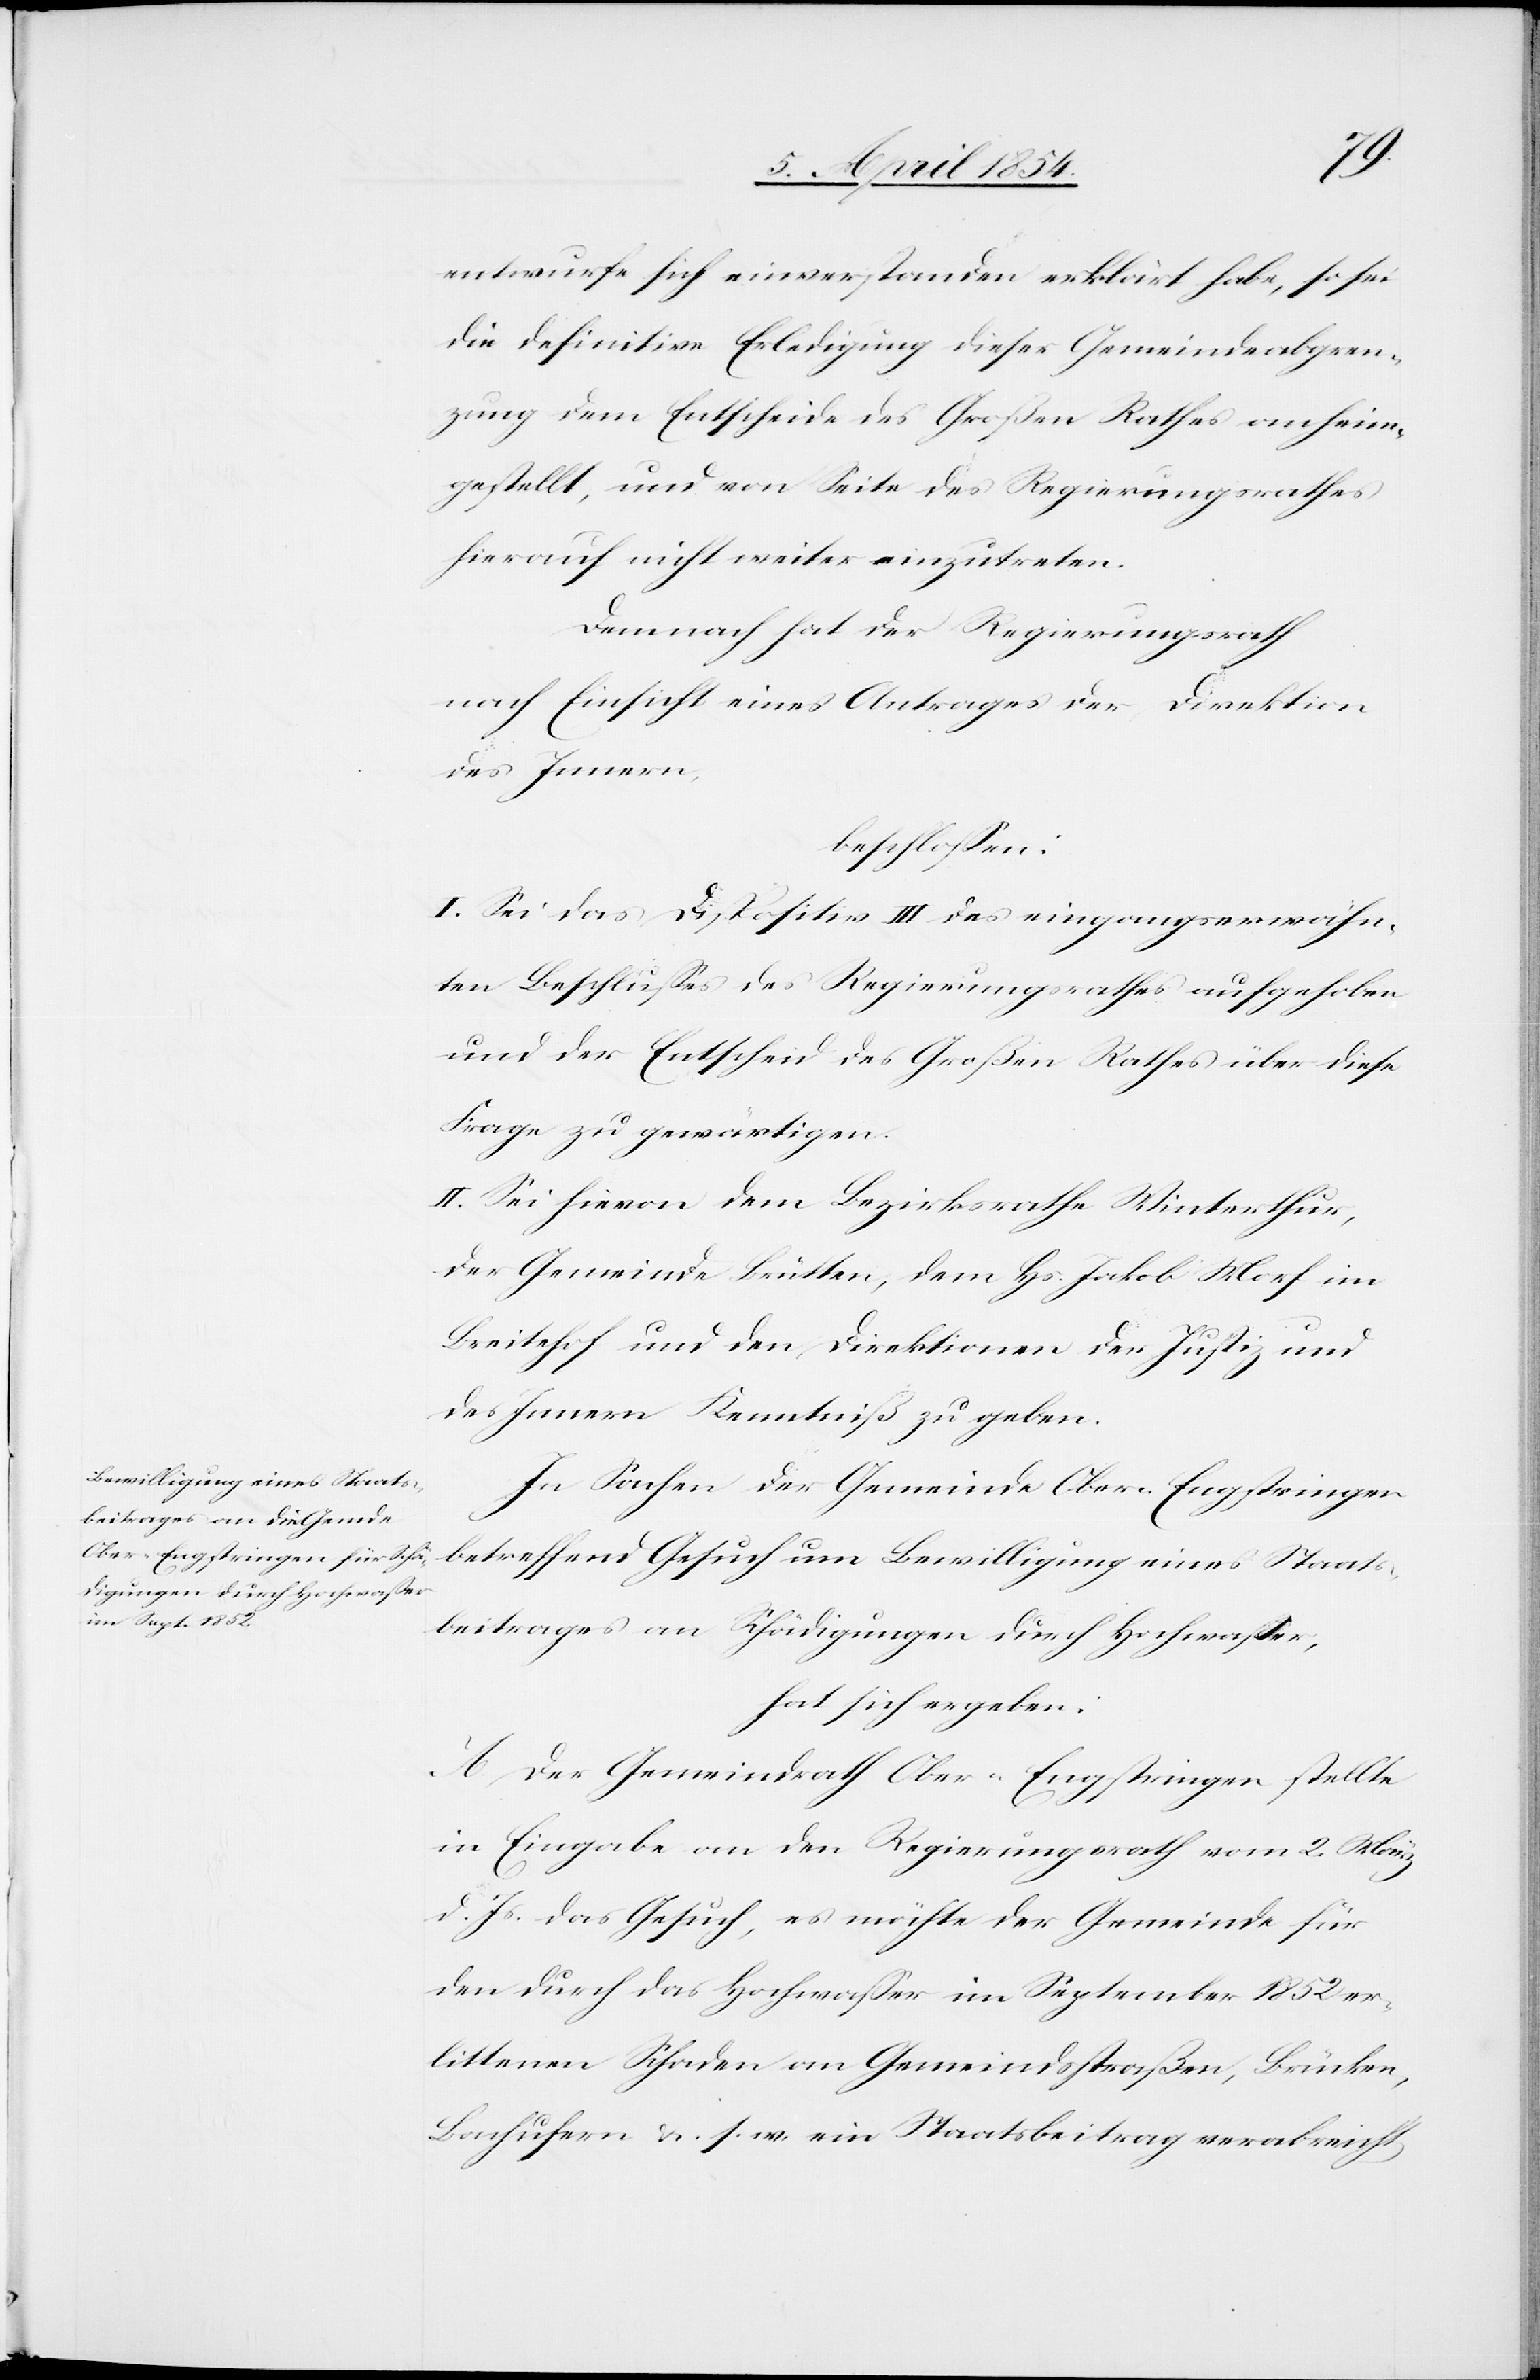
entwurfe sich einverstanden erklärt habe, so sei
die definitive Erledigung dieser Gemeindeabgren¬
zung dem Entscheide des Großen Rathes anheim¬
gestellt, und von Seite des Regierungsrathes
hierauf nicht weiter einzutreten.
Demnach hat der Regierungsrath
nach Einsicht eines Antrages der Direktion
des Innern,
beschloßen:
I. Sei das Dispositiv III des eingangserwähn¬
ten Beschlußes des Regierungsrathes aufgehoben
und der Entscheid des Großen Rathes über diese
Frage zu gewärtigen.
II. Sei hievon dem Bezirksrathe Winterthur,
der Gemeinde Brütten, dem Hs. Jakob Morf im
Breitehof und den Direktionen der Justiz und
des Innern Kenntniß zu geben.
In Sachen der Gemeinde Ober-Engstringen
betreffend Gesuch um Bewilligung eines Staats¬
beitrages an Schädigungen durch Hochwaßer,
hat sich ergeben:
A. Der Gemeindrath Ober-Engstringen stellte
in Eingabe an den Regierungsrath vom 2. März
d. Js das Gesuch, es möchte der Gemeinde für
den durch das Hochwaßer im September 1852 er¬
littenen Schaden an Gemeindstraßen, Brücken,
Bachufern u. s. w. ein Staatsbeitrag verabreicht